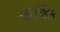
લૉજિક